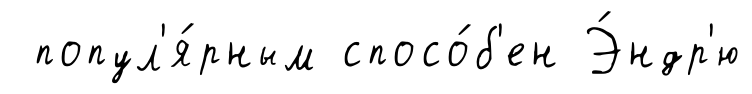
попул'я́рным спосо́б'ен Э́ндр'ю